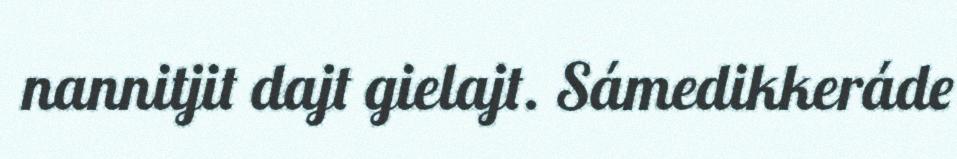
nannitjit dajt gielajt. Sámedikkeráde